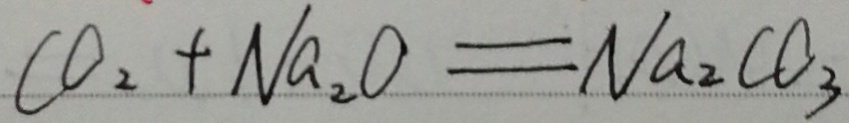
C O _ { 2 } + N a _ { 2 } O = N a _ { 2 } C O _ { 3 }